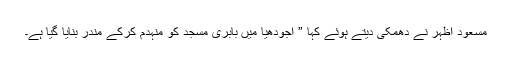
مسعود اظہر نے دھمکی دیتے ہوئے کہا ” اجودھیا میں بابری مسجد کو منہدم کرکے مندر بنایا گیا ہے۔